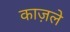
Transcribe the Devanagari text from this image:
काज़ले